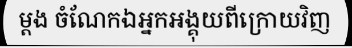
ម្តង ចំណែកឯអ្នកអង្គុយពីក្រោយវិញ